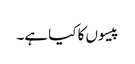
پیسوں کا کیا ہے۔